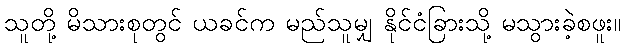
သူတို့ မိသားစုတွင် ယခင်က မည်သူမျှ နိုင်ငံခြားသို့ မသွားခဲ့စဖူး။